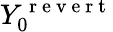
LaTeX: Y_{0}^{\mathrm{~r~e~v~e~r~t~}}